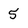
Character: 5